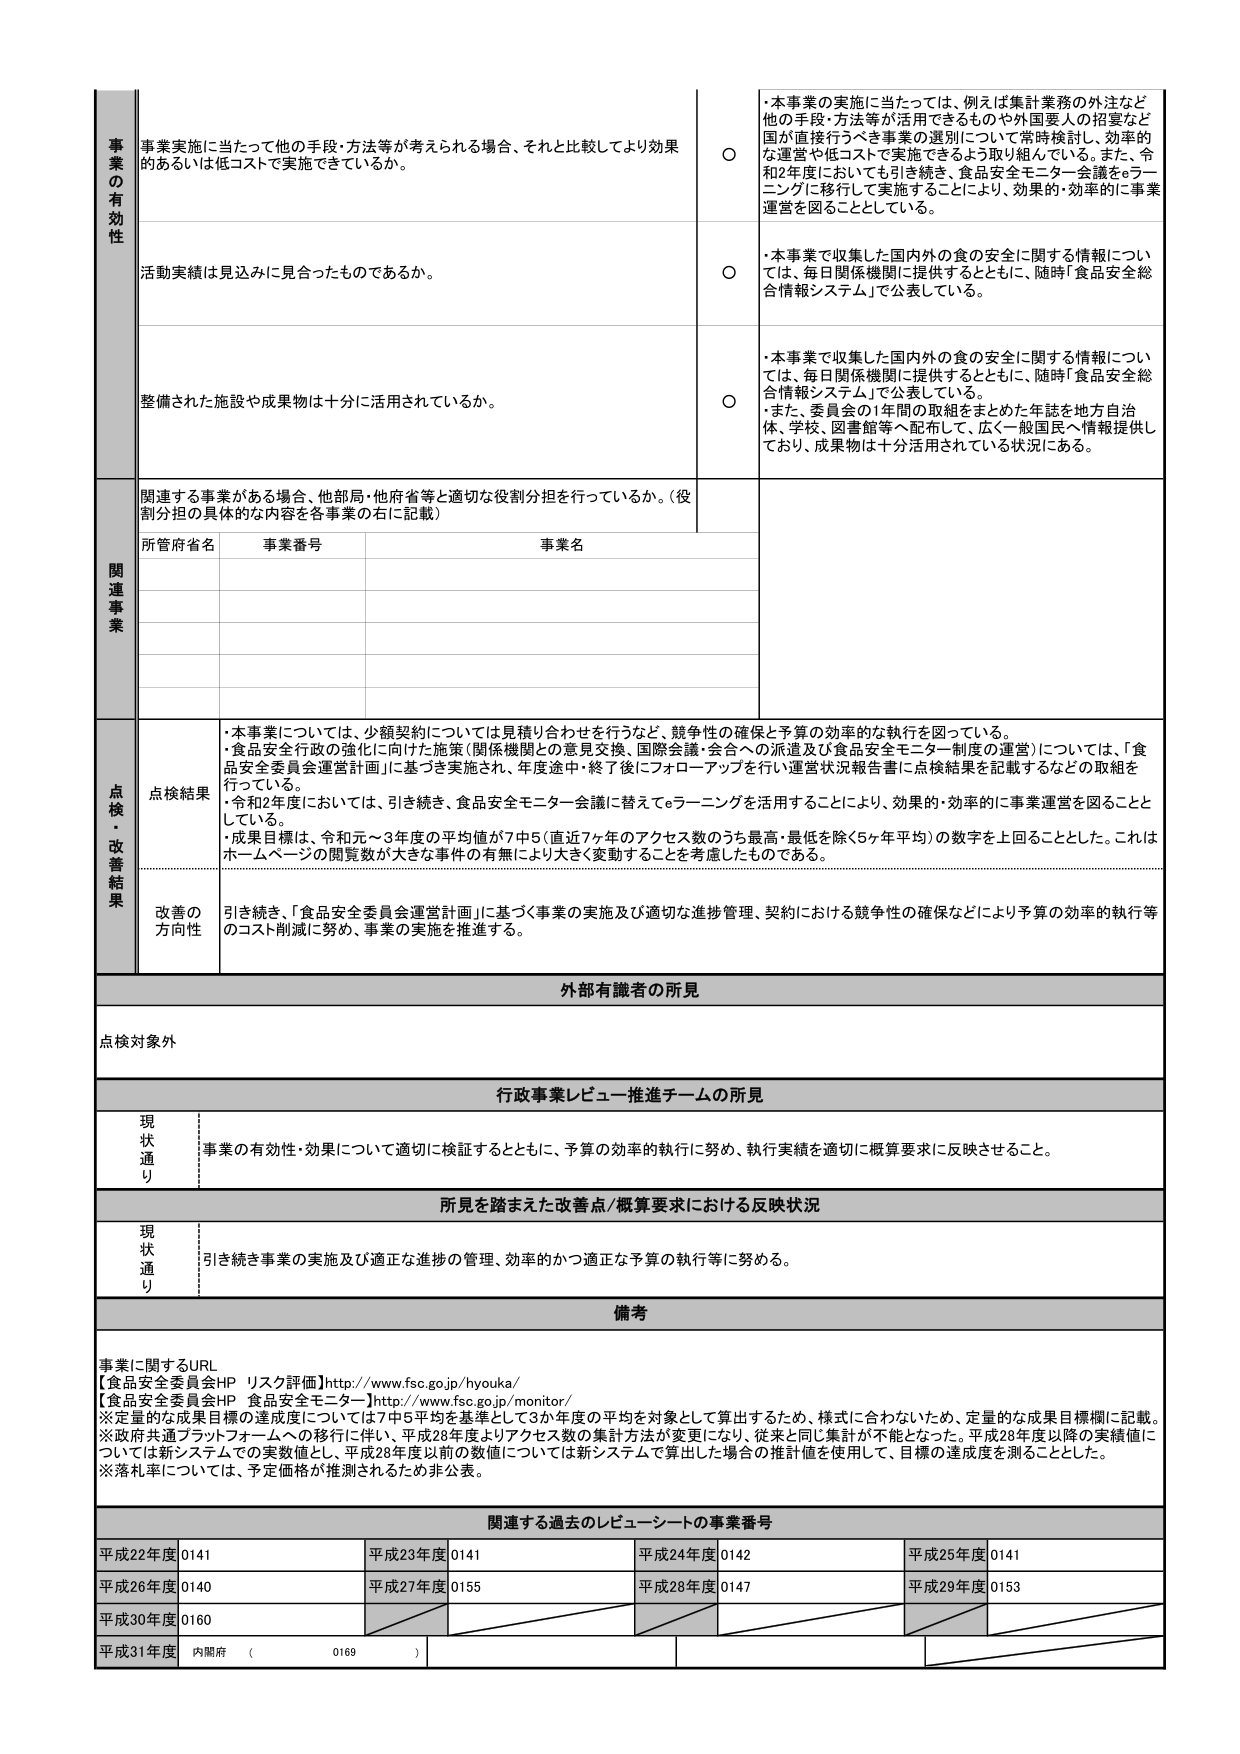
事業の有効性
事業実施に当たって他の手段・方法等が考えられる場合、それと比較してより効果的あるいは低コストで実施できているか。
○
・本事業の実施に当たっては、例えば集計業務の外注など他の手段・方法等が活用できるものや外国要人の招宴など国が直接行うべき事業の選別について常時検討し、効率的な運営や低コストで実施できるよう取り組んでいる。また、令和2年度においても引き続き、食品安全モニター会議をeラーニングに移行して実施することにより、効果的・効率的に事業運営を図ることとしている。

活動実績は見込みに見合ったものであるか。
○
・本事業で収集した国内外の食の安全に関する情報については、毎日関係機関に提供するとともに、随時「食品安全総合情報システム」で公表している。

整備された施設や成果物は十分に活用されているか。
○
・本事業で収集した国内外の食の安全に関する情報については、毎日関係機関に提供するとともに、随時「食品安全総合情報システム」で公表している。
・また、委員会の1年間の取組をまとめた年誌を地方自治体、学校、図書館等へ配布して、広く一般国民へ情報提供しており、成果物は十分活用されている状況にある。

関連事業
関連する事業がある場合、他部局・他府省等と適切な役割分担を行っているか。（役割分担の具体的な内容を各事業の右に記載）
所管府省名　事業番号　事業名

点検・改善結果
点検結果
・本事業については、少額契約については見積り合わせを行うなど、競争性の確保と予算の効率的な執行を図っている。
・食品安全行政の強化に向けた施策（関係機関との意見交換、国際会議・会合への派遣及び食品安全モニター制度の運営）については、「食品安全委員会運営計画」に基づき実施され、年度途中・終了後にフォローアップを行い運営状況報告書に点検結果を記載するなどの取組を行っている。
・令和2年度においては、引き続き、食品安全モニター会議に替えてeラーニングを活用することにより、効果的・効率的に事業運営を図ることとしている。
・成果目標は、令和元～3年度の平均値が7中5（直近7ヶ年のアクセス数のうち最高・最低を除く5ヶ年平均）の数字を上回ることとした。これはホームページの閲覧数が大きな事件の有無により大きく変動することを考慮したものである。

改善の方向性
引き続き、「食品安全委員会運営計画」に基づく事業の実施及び適切な進捗管理、契約における競争性の確保などにより予算の効率的執行等のコスト削減に努め、事業の実施を推進する。

外部有識者の所見
点検対象外

行政事業レビュー推進チームの所見
現状通り
事業の有効性・効果について適切に検証するとともに、予算の効率的執行に努め、執行実績を適切に概算要求に反映させること。

所見を踏まえた改善点/概算要求における反映状況
現状通り
引き続き事業の実施及び適正な進捗の管理、効率的かつ適正な予算の執行等に努める。

備考
事業に関するURL
【食品安全委員会HP リスク評価】http://www.fsc.go.jp/hyouka/
【食品安全委員会HP 食品安全モニター】http://www.fsc.go.jp/monitor/
※定量的な成果目標の達成度については7中5平均を基準として3か年度の平均を対象として算出するため、様式に合わないため、定量的な成果目標欄に記載。
※政府共通プラットフォームへの移行に伴い、平成28年度よりアクセス数の集計方法が変更になり、従来と同じ集計が不能となった。平成28年度以降の実績値については新システムでの実数値とし、平成28年度以前の数値については新システムで算出した場合の推計値を使用して、目標の達成度を測ることとした。
※落札率については、予定価格が推測されるため非公表。

関連する過去のレビューシートの事業番号
平成22年度 0141　平成23年度 0141　平成24年度 0142　平成25年度 0141
平成26年度 0140　平成27年度 0155　平成28年度 0147　平成29年度 0153
平成30年度 0160
平成31年度 内閣府 （ 0169 ）